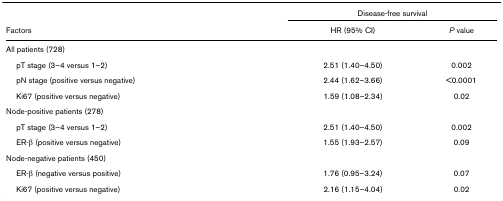
<table><thead><tr><td></td><td colspan="2"><b>Disease-free survival</b></td></tr><tr><td><b>Factors</b></td><td><b>HR (95% CI)</b></td><td><b><i>P </i>value</b></td></tr></thead><tbody><tr><td>All patients (728)</td><td></td><td></td></tr><tr><td> pT stage (3–4 versus 1–2)</td><td>2.51 (1.40–4.50)</td><td>0.002</td></tr><tr><td> pN stage (positive versus negative)</td><td>2.44 (1.62–3.66)</td><td>&lt;0.0001</td></tr><tr><td> Ki67 (positive versus negative)</td><td>1.59 (1.08–2.34)</td><td>0.02</td></tr><tr><td>Node-positive patients (278)</td><td></td><td></td></tr><tr><td> pT stage (3–4 versus 1–2)</td><td>2.51 (1.40–4.50)</td><td>0.002</td></tr><tr><td> ER-β (positive versus negative)</td><td>1.55 (1.93–2.57)</td><td>0.09</td></tr><tr><td>Node-negative patients (450)</td><td></td><td></td></tr><tr><td> ER-β (negative versus positive)</td><td>1.76 (0.95–3.24)</td><td>0.07</td></tr><tr><td> Ki67 (positive versus negative)</td><td>2.16 (1.15–4.04)</td><td>0.02</td></tr></tbody></table>